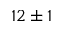
1 2 \pm 1